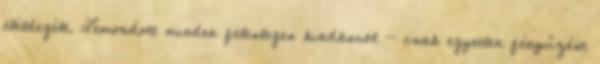
eléldegélt. Lemondott minden felesleges kiadásról - csak egyetlen fényűzést